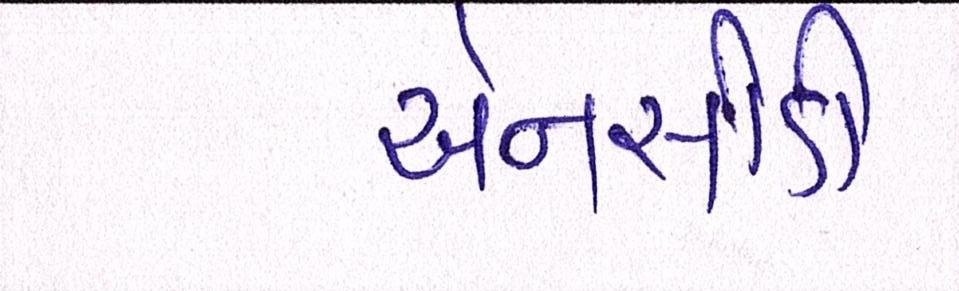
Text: એનસીડી